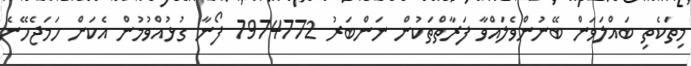
މިތަކެތި ބައްލަވަން ބޭނުންވެލައްވާ ފަރާތްތަކުން ނަންބަރު 7974772 ފޯނާ ގުޅުއްވުމުން އެކަން ހަމަޖެހޭނެ